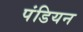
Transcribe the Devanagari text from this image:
पंडियन